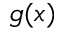
g ( x )